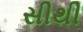
સીથી